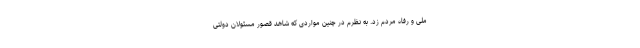
ملی و رفاه مردم زد. به نظرم در چنین مواردی که شاهد قصور مسئولان دولتی